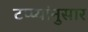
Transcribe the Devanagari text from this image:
टप्प्यांनुसार